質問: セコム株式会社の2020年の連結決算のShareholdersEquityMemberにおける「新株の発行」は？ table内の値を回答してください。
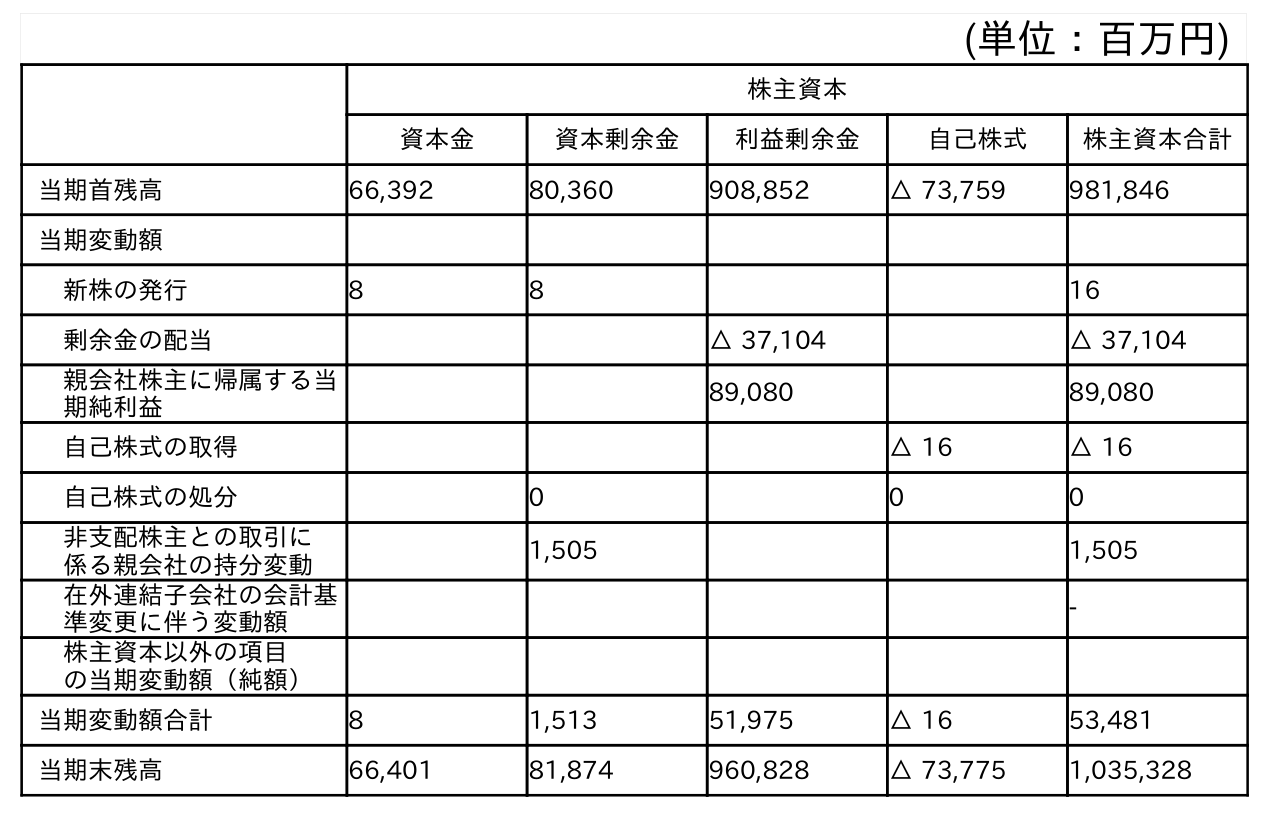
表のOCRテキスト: (単位：百万円) 株主資本 資本金 資本剰余金 利益剰余金 自己株式 株主資本合計 当期首残高 66,392 80,360 908,852 △ 73,759 981,846 当期変動額 新株の発行 8 8 16 剰余金の配当 △ 37,104 △ 37,104 親会社株主に帰属する当 期純利益 89,080 89,080 自己株式の取得 △ 16 △ 16 自己株式の処分 0 0 0 非支配株主との取引に 係る親会社の持分変動 1,505 1,505 在外連結子会社の会計基 準変更に伴う変動額 - 株主資本以外の項目 の当期変動額（純額） 当期変動額合計 8 1,513 51,975 △ 16 53,481 当期末残高 66,401 81,874 960,828 △ 73,775 1,035,328
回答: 16